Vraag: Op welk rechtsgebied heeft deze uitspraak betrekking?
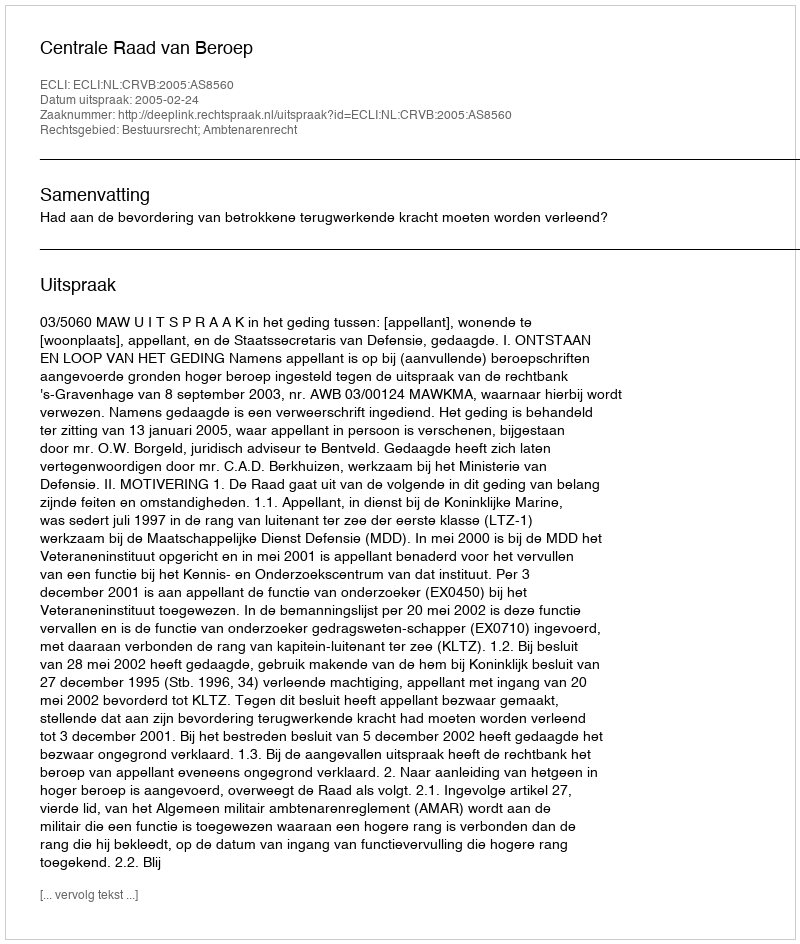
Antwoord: Bestuursrecht; Ambtenarenrecht